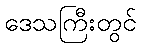
ဒေသကြီးတွင်